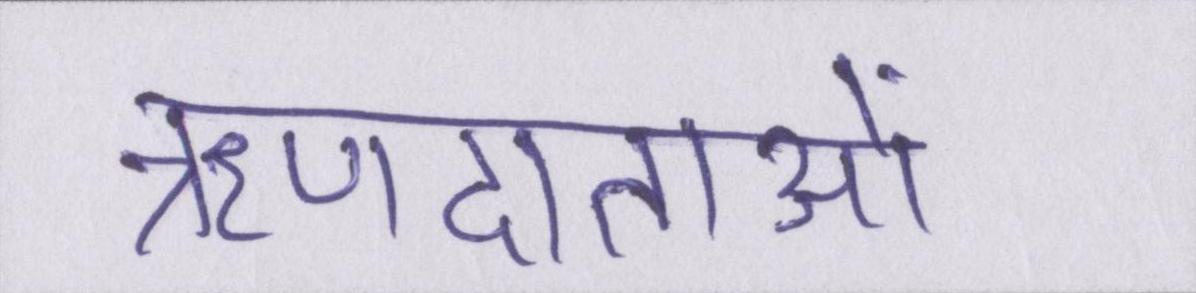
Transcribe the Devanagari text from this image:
ऋणदाताओं